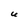
Character: U